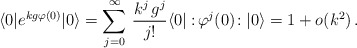
\begin{align*}\langle 0| e^{kg\varphi(0)} |0 \rangle = \sum_{j=0}^{\infty} \, \frac{k^j\,g^j}{j!}\langle 0| :\!\varphi^j(0)\!: |0 \rangle = 1 + o(k^2) \, .\end{align*}